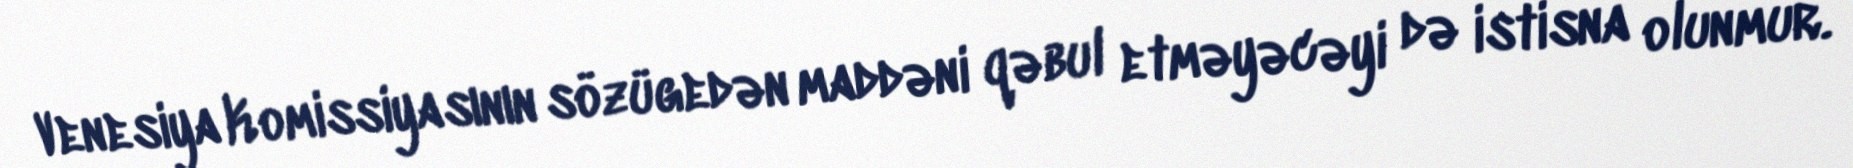
Venesiya Komissiyasının sözügedən maddəni qəbul etməyəcəyi də istisna olunmur.